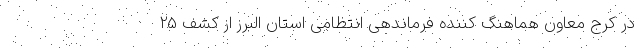
در کرج معاون هماهنگ کننده فرماندهی انتظامی استان البرز از کشف 25